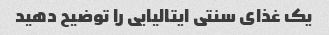
یک غذای سنتی ایتالیایی را توضیح دهید